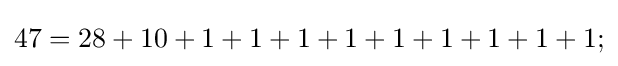
47=28+10+1+1+1+1+1+1+1+1+1;